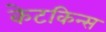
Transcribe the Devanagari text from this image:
केटकिन्स